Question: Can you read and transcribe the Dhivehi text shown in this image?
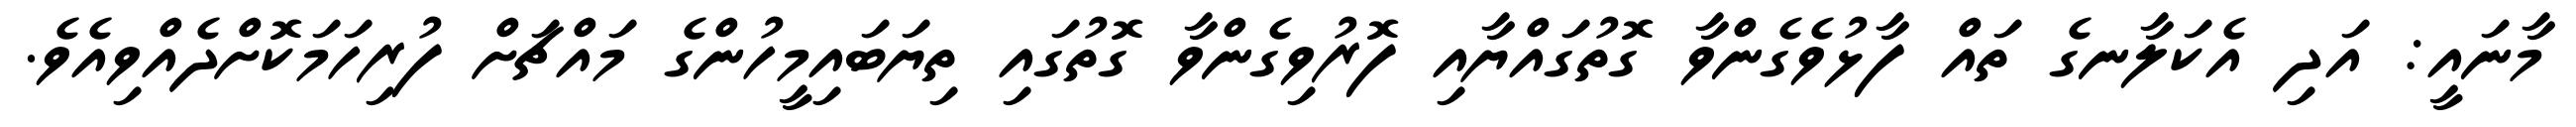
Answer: މާނައީ: އަދި އެކަލާނގެ ތައް ފާޅުވެގެންވާ ގޮތުގައްޔާއި ފޮރުވިގެންވާ ގޮތުގައި ތިޔަބައިމީހުންގެ މައްޗަށް ފުރިހަމަކޮށްދެއްވިއެވެ.